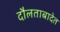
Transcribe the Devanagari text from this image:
दौलताबादेत